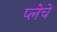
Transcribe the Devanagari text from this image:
प्लेचे